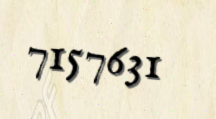
7157631